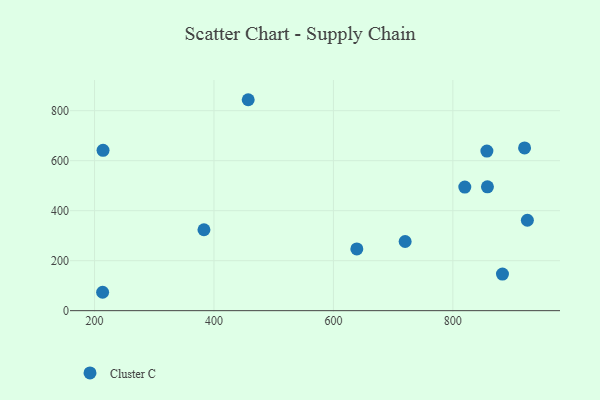
{"axis": {"x": "Speed", "y": "Salary"}, "legend": ["Cluster C"], "data": [{"x": "820.0", "y": 494.4, "type": "Cluster C"}, {"x": "639.2", "y": 247.2, "type": "Cluster C"}, {"x": "920.1", "y": 651.1, "type": "Cluster C"}, {"x": "857.9", "y": 495.6, "type": "Cluster C"}, {"x": "924.8", "y": 361.7, "type": "Cluster C"}, {"x": "214.2", "y": 641.5, "type": "Cluster C"}, {"x": "720.1", "y": 276.7, "type": "Cluster C"}, {"x": "857.0", "y": 638.3, "type": "Cluster C"}, {"x": "213.5", "y": 73.6, "type": "Cluster C"}, {"x": "883.1", "y": 146.4, "type": "Cluster C"}, {"x": "457.3", "y": 843.9, "type": "Cluster C"}, {"x": "383.2", "y": 323.7, "type": "Cluster C"}]}